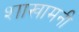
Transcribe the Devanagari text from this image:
शाखामनी